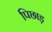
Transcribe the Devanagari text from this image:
पिछाड़